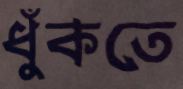
ধুঁকতে